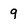
Character: 9